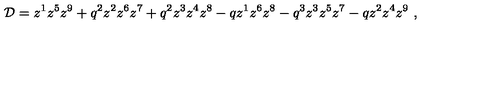
{ \cal D } = z ^ { 1 } z ^ { 5 } z ^ { 9 } + q ^ { 2 } z ^ { 2 } z ^ { 6 } z ^ { 7 } + q ^ { 2 } z ^ { 3 } z ^ { 4 } z ^ { 8 } - q z ^ { 1 } z ^ { 6 } z ^ { 8 } - q ^ { 3 } z ^ { 3 } z ^ { 5 } z ^ { 7 } - q z ^ { 2 } z ^ { 4 } z ^ { 9 } \ ,